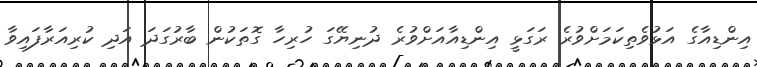
އިންޑިއާގެ އަޅުވެތިކަމަށްވުރެ ރަގަޅީ އިންޑިއާއަށްވުރެ ދުނިޔޭގަ ހުރިހާ ގޮތަކުން ބާރުގަދަ އަދި ކުރިއަރާފައިވާ